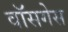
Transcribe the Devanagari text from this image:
वॉसगेस